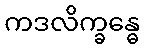
ကဒလိက္ခန္ဓေ